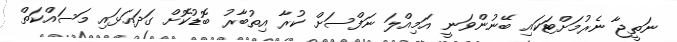
ނަތީޖާ ނެރުމަށްޓަކައި ބޭނުންވަނީ އަމިއްލަ ނަފްސަށް ކުރާ އިތުބާރު ބޮޑުކޮށް ގަދައަޅައި މަސައްކަތް